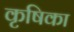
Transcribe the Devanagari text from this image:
कृषिका